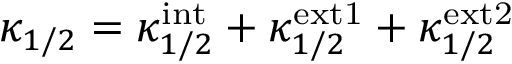
\kappa _ { 1 / 2 } = \kappa _ { 1 / 2 } ^ { \mathrm { i n t } } + \kappa _ { 1 / 2 } ^ { \mathrm { e x t 1 } } + \kappa _ { 1 / 2 } ^ { \mathrm { e x t 2 } }